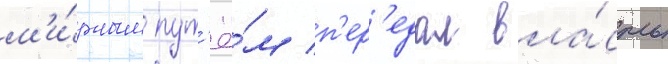
м'и́рным пут'ё́м п'ер'едал вла́сть